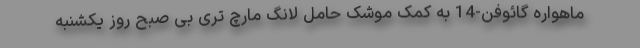
ماهواره گائوفن-14 به کمک موشک حامل لانگ مارچ تری بی صبح روز یکشنبه